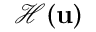
\mathcal { H } ( \mathbf { u } )